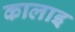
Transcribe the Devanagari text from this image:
कालाइ